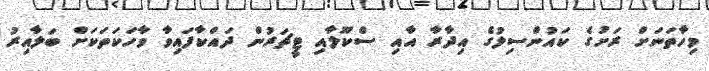
މިހާތަނަށް ރަށުގެ ކައުންސިލުގެ އިދާރާ އާއި ސްކޫލާއި ޓީޗަރުން ދައްކާފައިވާ ވާހަކަތަކަށް ބަލާއިރު